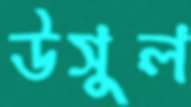
উসুল